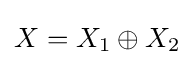
X=X_{1}\oplus X_{2}